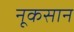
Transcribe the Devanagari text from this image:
नूकसान